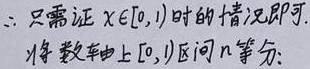
$\therefore$ 只需证 $x\in [0,1)$ 时的情况即可.
将数轴上 $[0,1)$ 区间 $n$ 等分: